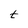
Character: t